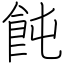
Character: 飩